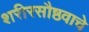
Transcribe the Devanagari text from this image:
शरीरसौष्ठवाचे